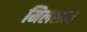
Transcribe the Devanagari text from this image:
मिलशाह